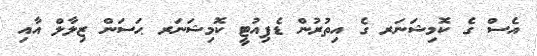
އެސް ގެ ކޮމިޝަނަރ ގެ އިތުރުން ޑެޕިއުޓީ ކޮމިޝަނަރ ޙަސަން ޒިލާލް އާއި